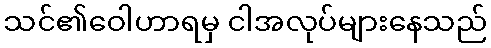
သင်၏ဝေါဟာရမှ ငါအလုပ်များနေသည်